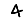
Digit: 4